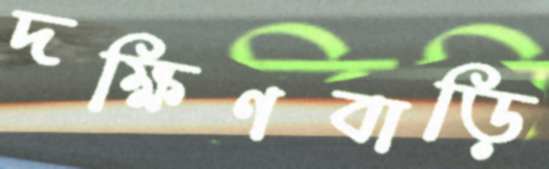
দক্ষিণবাড়ি